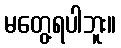
မတွေ့ရပါဘူး။